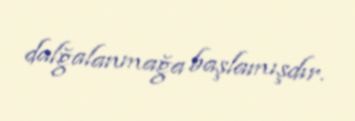
dalğalanmağa başlamışdır.